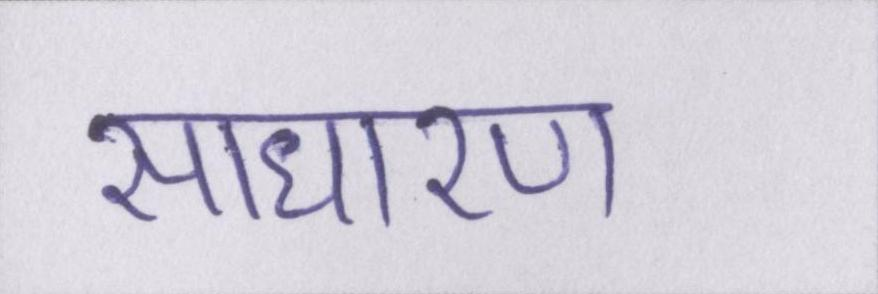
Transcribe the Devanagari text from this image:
साधारण